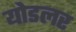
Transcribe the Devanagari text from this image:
योडलर